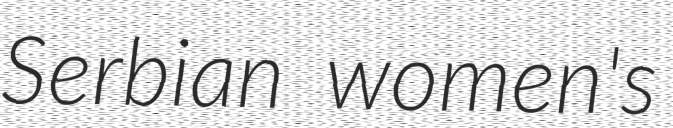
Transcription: Serbian women's